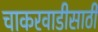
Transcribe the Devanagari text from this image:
चाकरवाडीसाठी